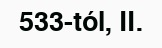
533-tól, II.